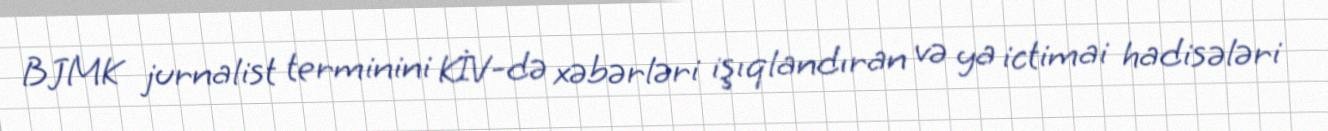
BJMK jurnalist terminini KİV-də xəbərləri işıqlandıran və ya ictimai hadisələri